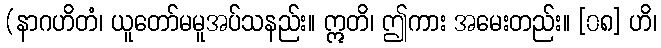
(နာဂဟိတံ၊ ယူတော်မမူအပ်သနည်း။ ဣတိ၊ ဤကား အမေးတည်း။ [၀၈] ဟိ၊